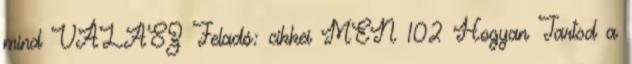
mind VÁLASZ Feladó: cikkei MEN 102 Hogyan Tartsd a